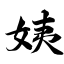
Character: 姨